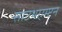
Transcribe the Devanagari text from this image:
साउथएम्प्टन